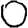
Digit: 0